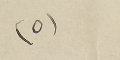
(٥)